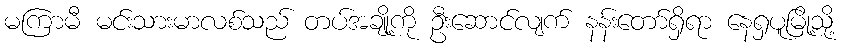
မကြာမီ မင်းသားမာလစ်သည် တပ်အချို့ကို ဦးဆောင်လျက် နန်းတော်ရှိရာ နေရှပူမြို့သို့